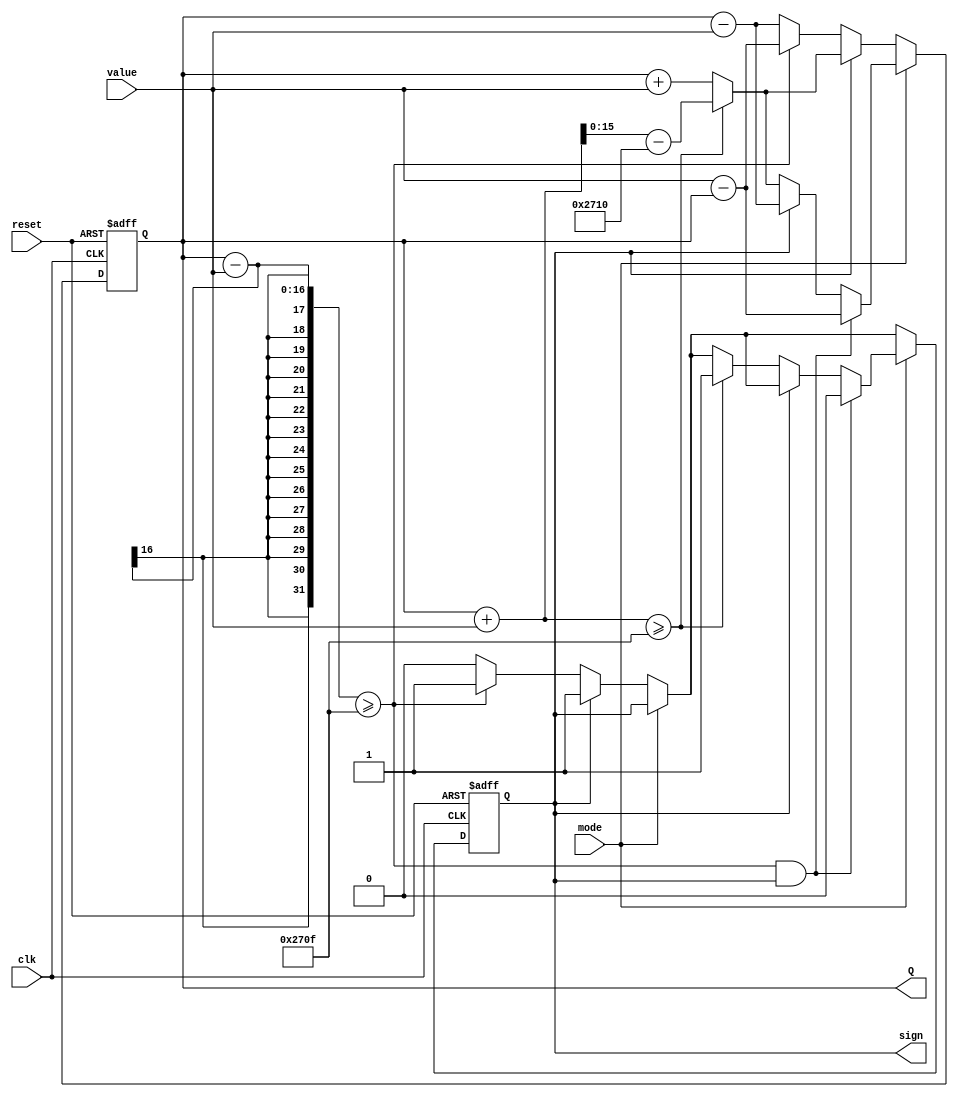
module Counter(clk, mode, reset, Q, value, sign);
	input clk;
	input mode, reset;
	input [3:0] value;
	output reg [15:0] Q;
	output reg sign = 1; // sign = 0 indicates negative value
	
	always @(posedge clk, negedge reset) begin
		if (reset == 0) begin 
			Q <= 0;
			sign <= 1;
		end
		else begin
			if (mode == 0)	begin
					if (sign == 0) begin
						if ((Q - value) >= 9999) begin
							sign <= 1;
							Q <= value - Q;
						end
						else Q <= Q - value;
					end
					else begin
						if ( (Q + value) >= 9999) Q <= (Q+value)-10000;
						else Q <= Q + value;
					end
			end
			
			if (mode == 1) begin
				if ((Q - value) >= 9999 && sign == 1) begin
					Q <= value - Q;
					sign <= 0;
				end
				else begin 
					if (sign == 0) begin
						if ((Q + value) >= 9999) begin
							Q <= (Q+value)-10000;
							sign <= 1;
						end
						else Q <= Q + value;
					end
					else Q <= Q - value;
				end
			end
		end
	end
endmodule